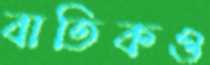
বাতিকও